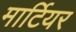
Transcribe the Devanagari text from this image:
मार्टियर